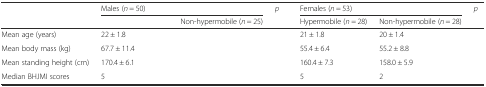
<table><thead><tr><td rowspan="2">[EMPTY_CELL]</td><td colspan="2"><b>Males (<i>n</i> = 50)</b></td><td rowspan="2"><b><i>p</i></b></td><td colspan="2"><b>Females (<i>n</i> = 53)</b></td><td rowspan="2"><b><i>p</i></b></td></tr><tr><td>[EMPTY_CELL]</td><td><b>Non-hypermobile (<i>n</i> = 25)</b></td><td><b>Hypermobile (<i>n</i> = 28)</b></td><td><b>Non-hypermobile (<i>n</i> = 28)</b></td></tr></thead><tbody><tr><td>Mean age (years)</td><td>22 ± 1.8</td><td>[EMPTY_CELL]</td><td>[EMPTY_CELL]</td><td>21 ± 1.8</td><td>20 ± 1.4</td><td>[EMPTY_CELL]</td></tr><tr><td>Mean body mass (kg)</td><td>67.7 ± 11.4</td><td>[EMPTY_CELL]</td><td>[EMPTY_CELL]</td><td>55.4 ± 6.4</td><td>55.2 ± 8.8</td><td>[EMPTY_CELL]</td></tr><tr><td>Mean standing height (cm)</td><td>170.4 ± 6.1</td><td>[EMPTY_CELL]</td><td>[EMPTY_CELL]</td><td>160.4 ± 7.3</td><td>158.0 ± 5.9</td><td>[EMPTY_CELL]</td></tr><tr><td>Median BHJMI scores</td><td>5</td><td>[EMPTY_CELL]</td><td>[EMPTY_CELL]</td><td>5</td><td>2</td><td>[EMPTY_CELL]</td></tr></tbody></table>